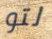
لتو